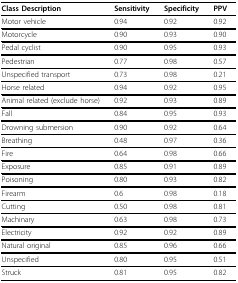
| Class Description | Sensitivity | Specificity | PPV |
 | --- | --- | --- | --- |
 | Motor vehicle | 0.94 | 0.92 | 0.92 |
 | Motorcycle | 0.90 | 0.93 | 0.90 |
 | Pedal cyclist | 0.90 | 0.95 | 0.93 |
 | Pedestrian | 0.77 | 0.98 | 0.57 |
 | Unspecified transport | 0.73 | 0.98 | 0.21 |
 | Horse related | 0.94 | 0.92 | 0.95 |
 | Animal related (exclude horse) | 0.92 | 0.93 | 0.89 |
 | Fall | 0.84 | 0.95 | 0.93 |
 | Drowning submersion | 0.90 | 0.92 | 0.64 |
 | Breathing | 0.48 | 0.97 | 0.36 |
 | Fire | 0.64 | 0.98 | 0.66 |
 | Exposure | 0.85 | 0.91 | 0.89 |
 | Poisoning | 0.80 | 0.93 | 0.82 |
 | Firearm | 0.6 | 0.98 | 0.18 |
 | Cutting | 0.50 | 0.98 | 0.81 |
 | Machinary | 0.63 | 0.98 | 0.73 |
 | Electricity | 0.92 | 0.92 | 0.89 |
 | Natural original | 0.85 | 0.96 | 0.66 |
 | Unspecified | 0.80 | 0.95 | 0.51 |
 | Struck | 0.81 | 0.95 | 0.82 |